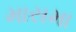
માસમા